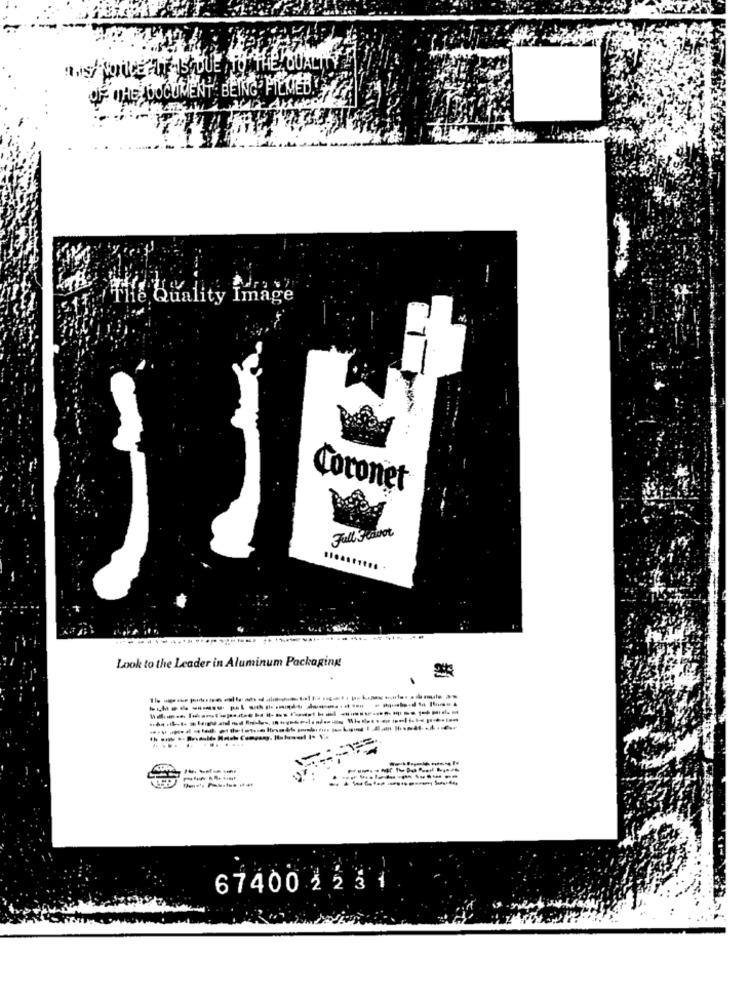
OF THE JOUCUMENT BEING PIEMED.
The Quality Image
Coronet
Full Scavot
--...
Look to the Leader in Aluminum Packaging
1 ----
67400 2231